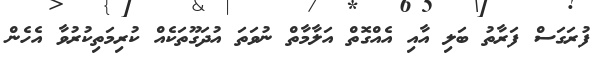
ފުރަގަސް ފަރާތު ބަލި އާއި އެއްގޮތް އަލާމާތް ނުވަތަ އުދަގޫތަކެއް ކުރިމަތިކުރުވާ އެހެން